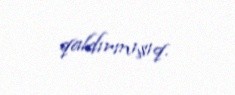
qaldırmışıq.